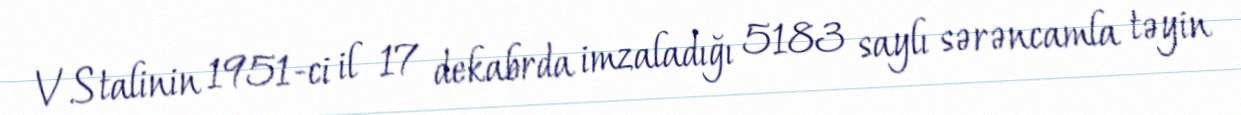
V.Stalinin 1951-ci il 17 dekabrda imzaladığı 5183 saylı sərəncamla təyin